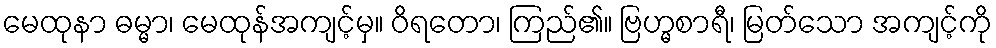
မေထုနာ ဓမ္မာ၊ မေထုန်အကျင့်မှ။ ဝိရတော၊ ကြည်၏။ ဗြဟ္မစာရီ၊ မြတ်သော အကျင့်ကို